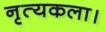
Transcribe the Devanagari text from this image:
नृत्‍यकला।